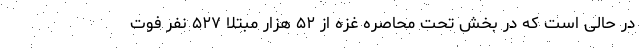
در حالی است که در بخش تحت محاصره غزه از ۵۲ هزار مبتلا ۵۲۷ نفر فوت